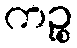
ကဉ္စ